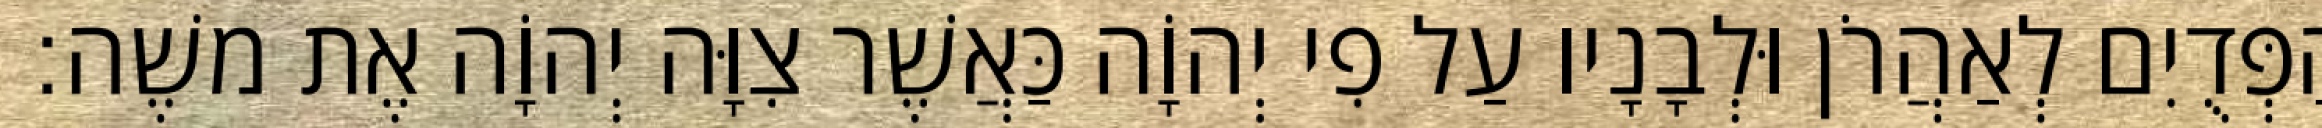
הַפְּדֻיִם לְאַהֲרֹן וּלְבָנָיו עַל פִי יְהוָֹה כַּאֲשֶׁר צִוָּה יְהוָֹה אֶת משֶׁה׃